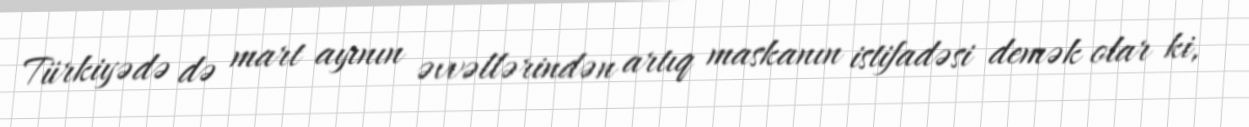
Türkiyədə də mart ayının əvvəllərindən artıq maskanın istifadəsi demək olar ki,